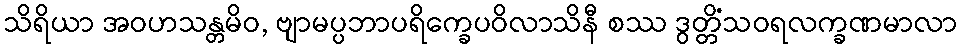
သိရိယာ အဝဟသန္တမိဝ, ဗျာမပ္ပဘာပရိက္ခေပဝိလာသိနီ စဿ ဒွတ္တိံသဝရလက္ခဏမာလာ